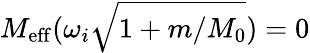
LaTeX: M_{\mathrm{eff}}(\omega_{i}\sqrt{1+m/M_{0}})=0